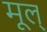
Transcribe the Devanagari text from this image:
मूल्